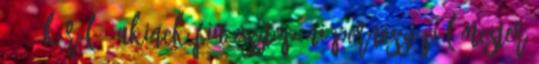
1350 körül , akinek fia Osztopáni Perneszi Pál mester